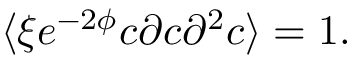
\langle \xi e ^ { - 2 \phi } c \partial c \partial ^ { 2 } c \rangle = 1 .